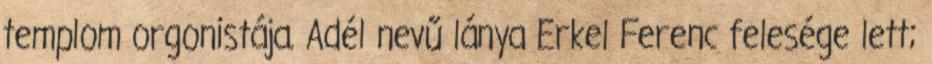
templom orgonistája. Adél nevű lánya Erkel Ferenc felesége lett;